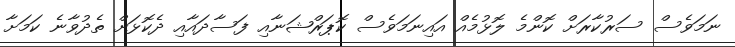
ނަމަވެސް ސަރުކާރަށް ކޮންމެ ލޮޅުމެއް އައިނަމަވެސް ކޮޕަރްޝަނާއި ފަސާދައާއި ދެކޮޅަށް ތެދުވާނެ ކަމަށާ